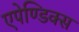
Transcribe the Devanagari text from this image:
एपेण्डिक्स